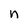
Character: n